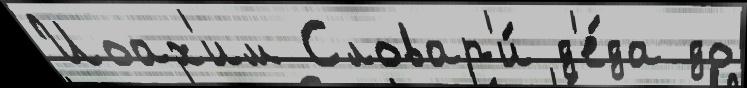
Иоах'им Словар'и́ д'е́да до